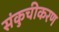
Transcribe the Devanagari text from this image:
संकुचीकरण